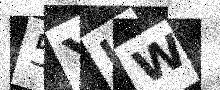
Text: 5YUW